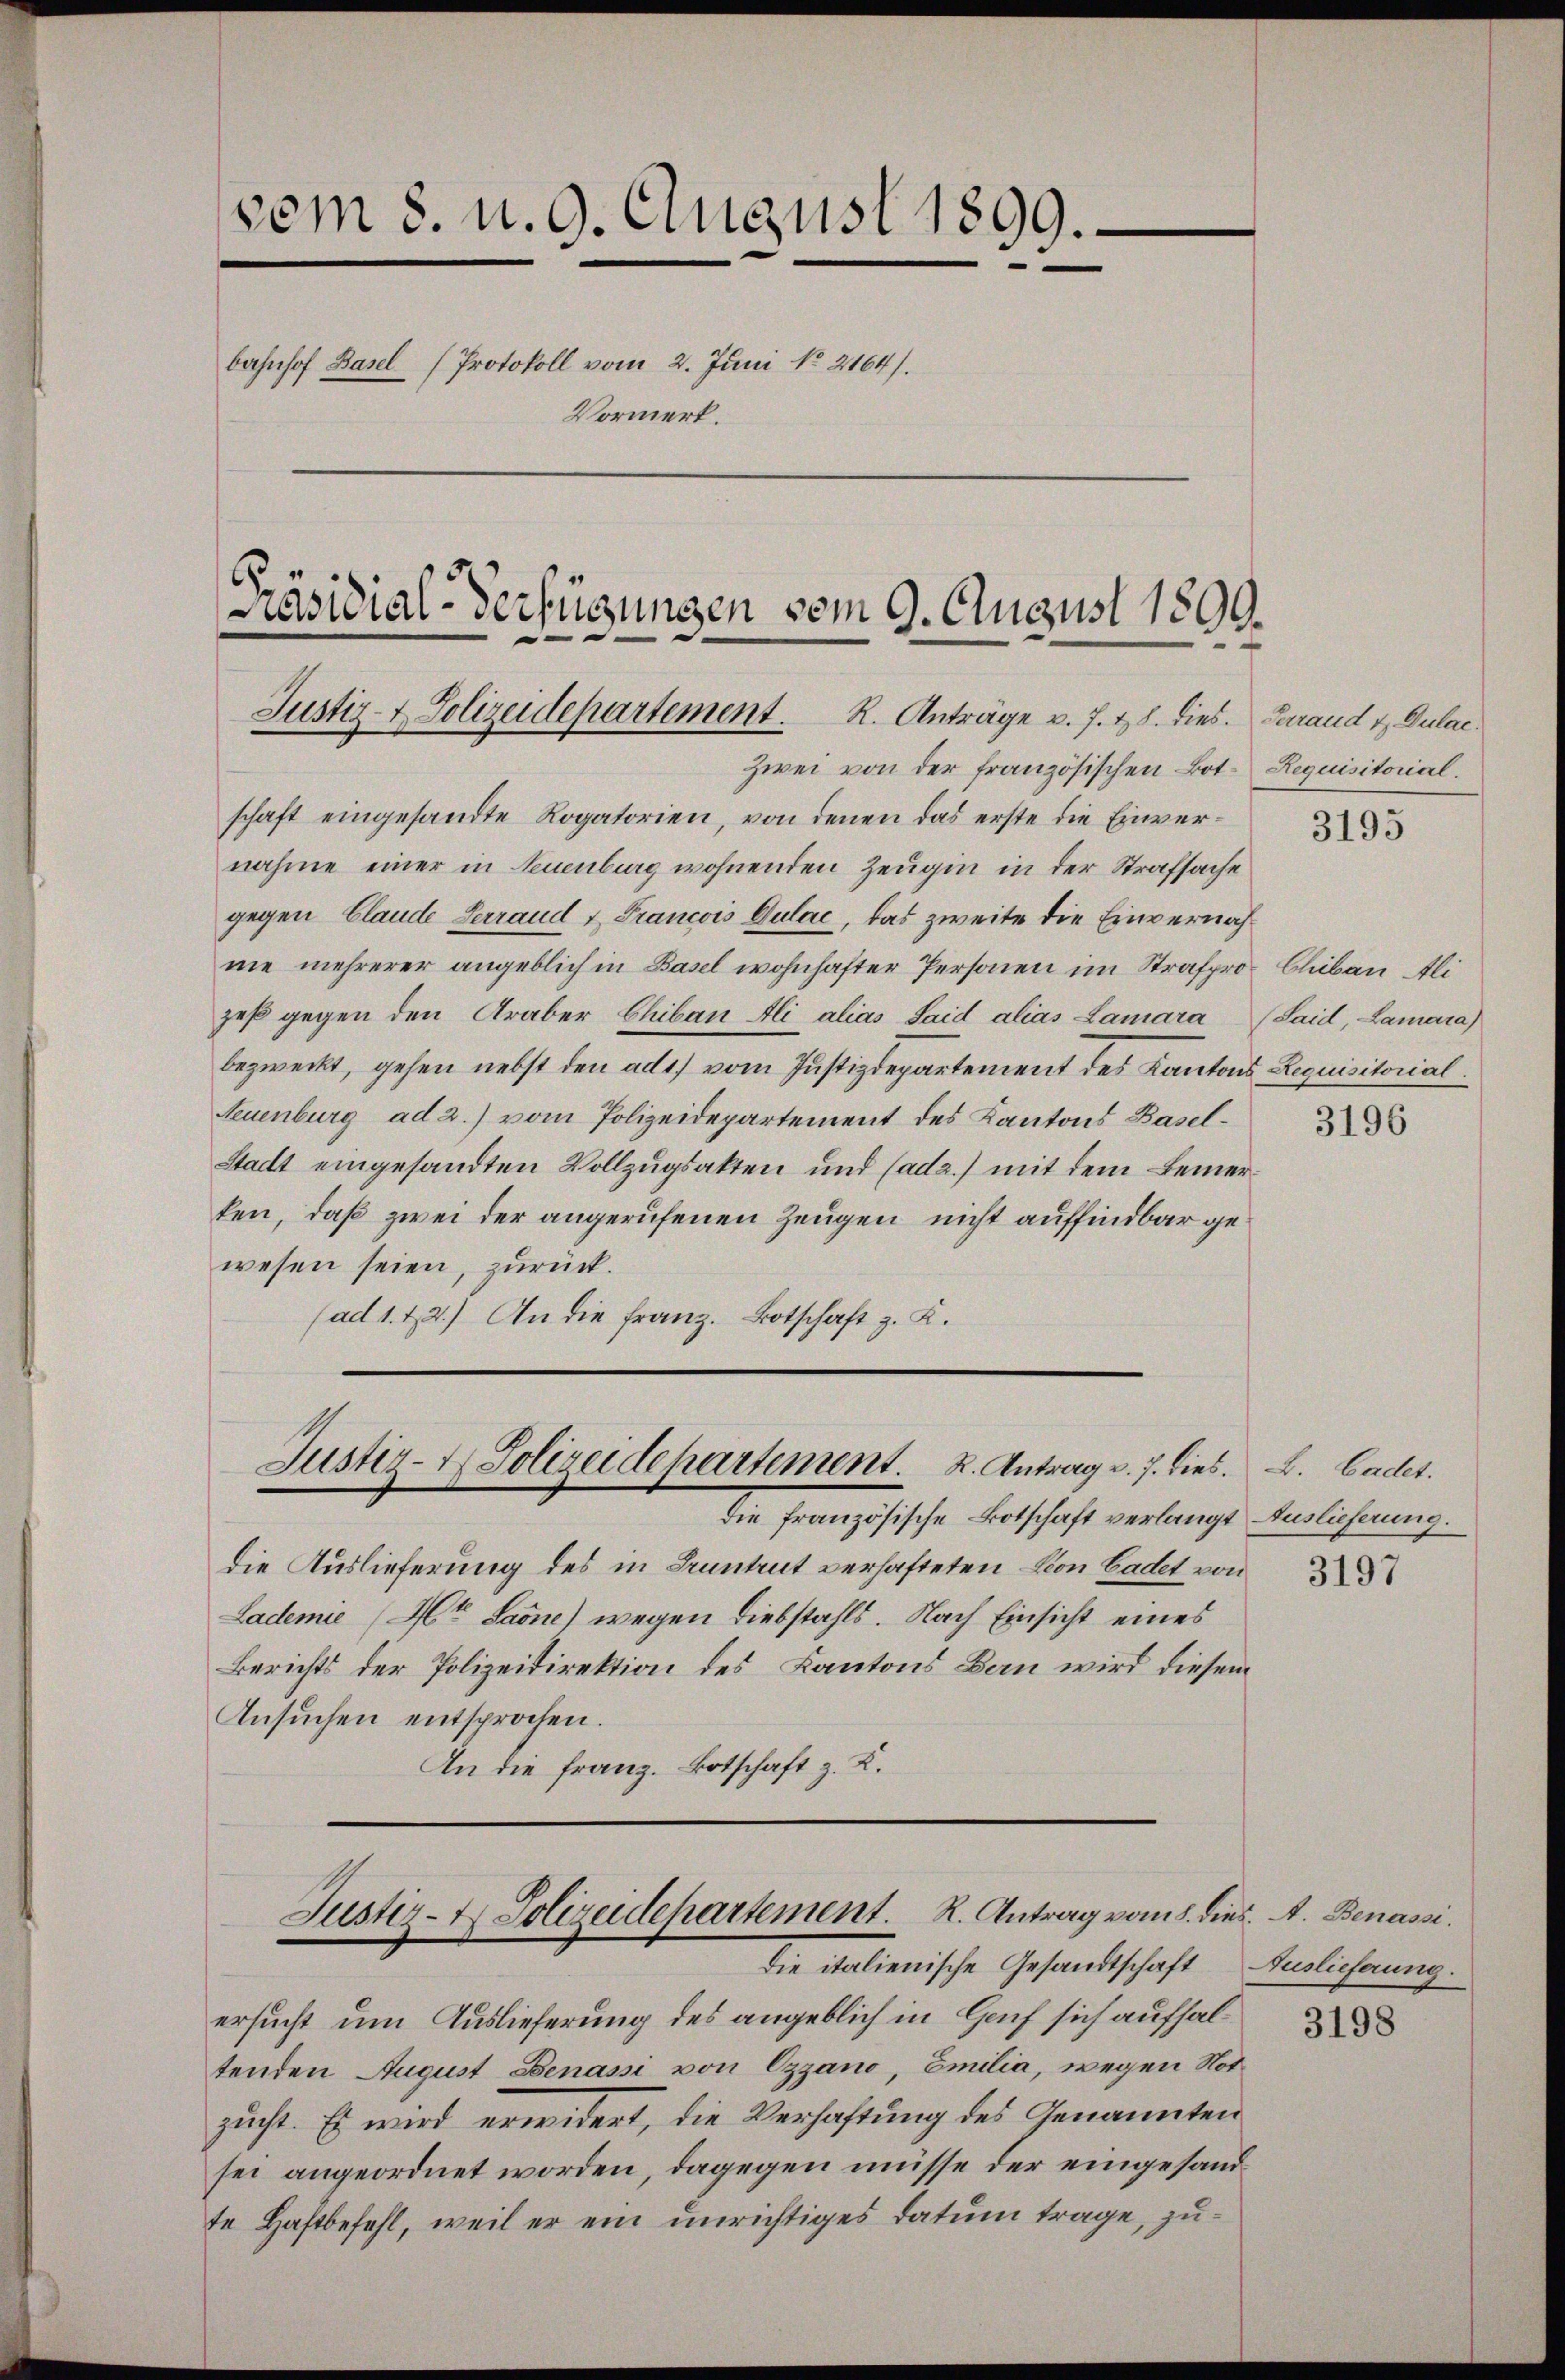
Zwei von der französischen Bot. Requisitorial.
schaft eingesandte Rogatorien, von denen das erste die Einvernahme einer in Neuenburg wohnenden Zeugin in der Strafsache
gegen Claude Terraud & Francois Gulac, das zweite die Einvernahne mehrerer angeblich in Basel wohnhafter Personen im Strafprozeß gegen den Araber Chibau Ali alias Said alias Lamara (Said, Lamara)
bezweckt, gehen nebst den ad 1) vom Justizdepartement des Kantons Requisitorial
Neuenburg ad 2.) vom Polizeidepartement des Kantons Basel¬
Stadt eingesandten Vollzugsakten und Cada.) mit dem Bemerken, daß zwei der angerufenen Zeugen nicht auffindbar gewesen seien, zurück.
(ad 1. 22.) An die Franz. Botschaft z. K.

vom 8. u. 9. August 1899.
bahnhof Basel (Protokoll vom 2. Juni No 2164).
Vormerk.

Präsidial-Verfügungen vom 9. August 1899.
Justiz- & Polizeidepartement. R. Anträge v. J. 18. dies. Garand & Dulac

Justiz- & Polizeidepartement. K. Antrag v. 7. dies. B. Cadet.

Justiz- & Polizeidepartement. R. Antrag vom 8. dies. A. Benassi
die valienische Gesandtschaft

die Französische Botschaft verlangt Auslieferung.
die Auslieferung des in Buntrut verhafteten Von Cadet von
Lademie (Mo Saone) wegen Diebstahls. Nach Einsicht eines
Berichts der Polizeidirektion des Kantons Bau wird diesem
Ansuchen entsprochen.
An die Franz. Botschaft z. K.

ersucht um Auslieferung des angeblich in Genf sich aufhaltenden August Benassi von Czzano, Emilia, wegen Notzucht. Es wird erwidert, die Verhaftung des Genannten
sei angeordnet worden, dagegen müsse der eingesandte Haftbefehl, weil er ein unrichtiges Datum trage, zu¬

3195

Chibau Ali

3196

3197

Auslieferung.

3198